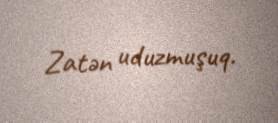
Zatən uduzmuşuq.